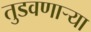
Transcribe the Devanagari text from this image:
तुडवणाऱ्या